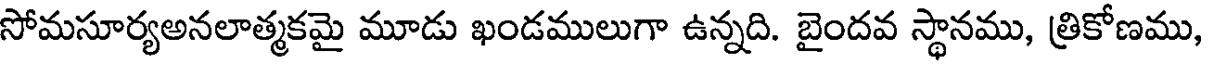
సోమసూర్యఅనలాత్మకమై మూడు ఖండములుగా ఉన్నది. బైందవ స్థానము, త్రికోణము,